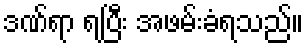
ဒဏ်ရာ ရပြီး အဖမ်းခံရသည်။